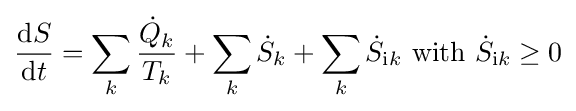
{\frac {\mathrm {d} S}{\mathrm {d} t}}=\sum _{k}{\frac {{\dot {Q}}_{k}}{T_{k}}}+\sum _{k}{\dot {S}}_{k}+\sum _{k}{\dot {S}}_{{\text{i}}k}{\text{   with  }}{\dot {S}}_{{\text{i}}k}\geq 0